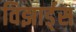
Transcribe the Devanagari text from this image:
विझार्ड्‌स